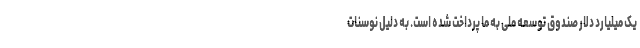
یک میلیارد دلار صندوق توسعه ملی به ما پرداخت شده است. به دلیل نوسنات